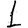
Digit: 1